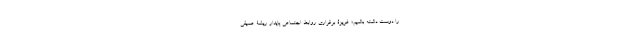
را دوست داشته باشیم؛ غریزۀ برقراری روابط اجتماعیِ پایدار ریشۀ عمیقی